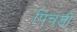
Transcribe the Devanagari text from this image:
पिचंडी